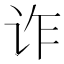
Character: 诈